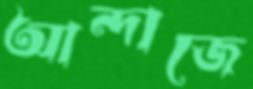
আন্দাজে